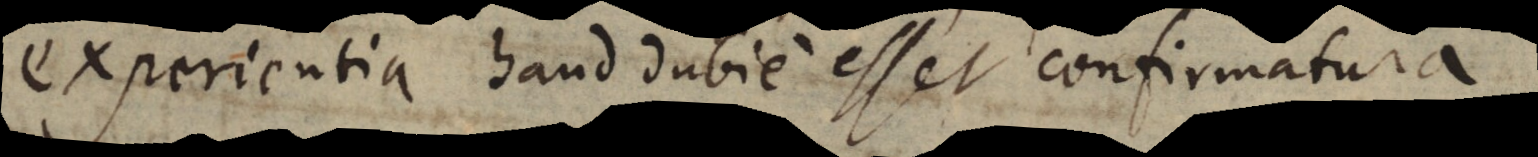
experientia haud dubie esset confirmatura.